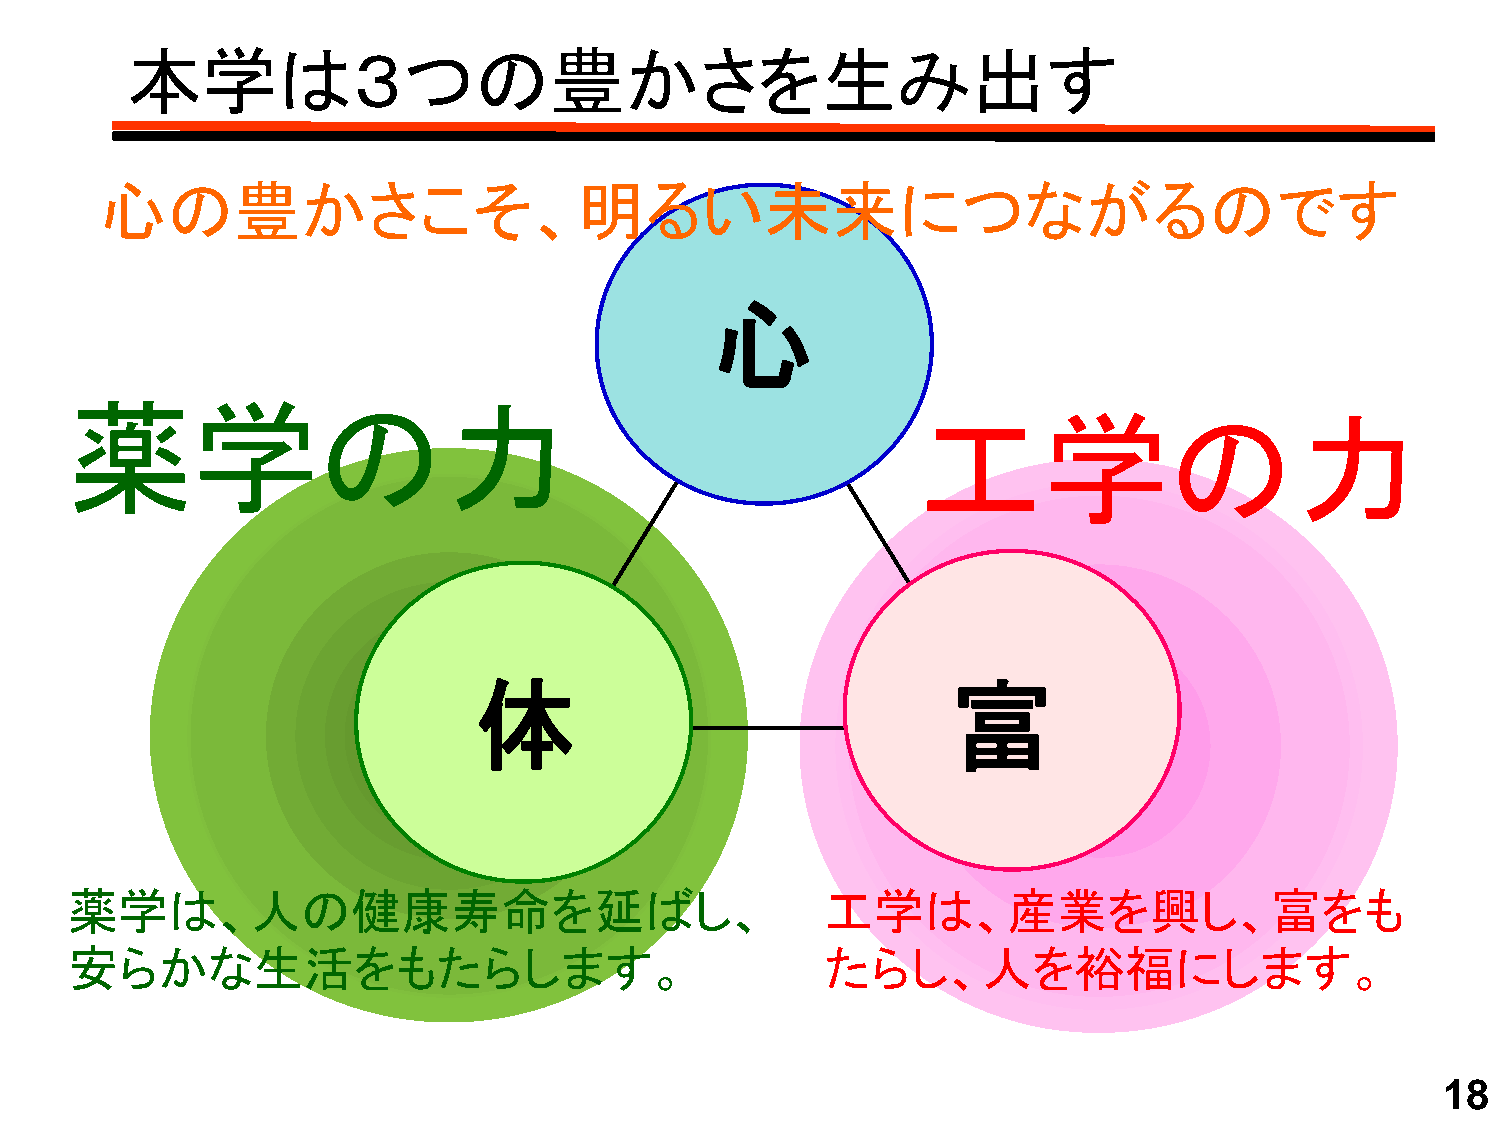
本学は３つの豊かさを生み出す
 心の豊かさこそ、明るい未来につながるのです
 心心
 薬学の力
 工学の力
 体                               富
 薬学は、人の健康寿命を延ばし、                                   工学は、産業を興し、富をも
 安らかな生活をもたらします。                                    たらし、人を裕福にします。
 18